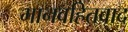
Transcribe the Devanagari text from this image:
मानवहितवाद